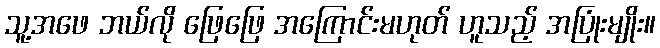
သူ့အဖေ ဘယ်လို ဖြေဖြေ အကြောင်းမဟုတ် ဟူသည့် အပြုံးမျိုး။